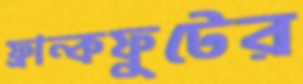
ফ্রান্কফুটের